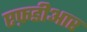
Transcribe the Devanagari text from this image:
एफ़डीआर